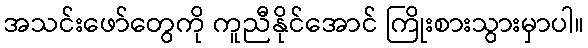
အသင်းဖော်တွေကို ကူညီနိုင်အောင် ကြိုးစားသွားမှာပါ။